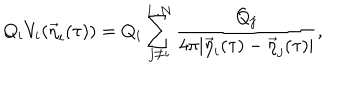
Q _ { i } V _ { i } ( { \vec { \eta } } _ { i } ( \tau ) ) = Q _ { i } \sum _ { j \not = i } ^ { 1 . . N } { \frac { { Q _ { j } } } { { 4 \pi | { \vec { \eta } } _ { i } ( \tau ) - { \vec { \eta } } _ { j } ( \tau ) | } } } ,